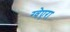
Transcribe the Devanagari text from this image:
ग्वेएरा